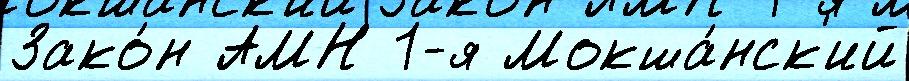
Зако́н АМН 1-я Мокша́нск'ий